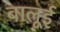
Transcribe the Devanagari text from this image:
बालूई